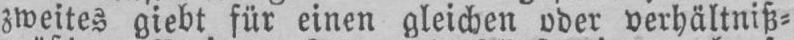
zweites giebt für einen gleichen oder verhältniß⸗